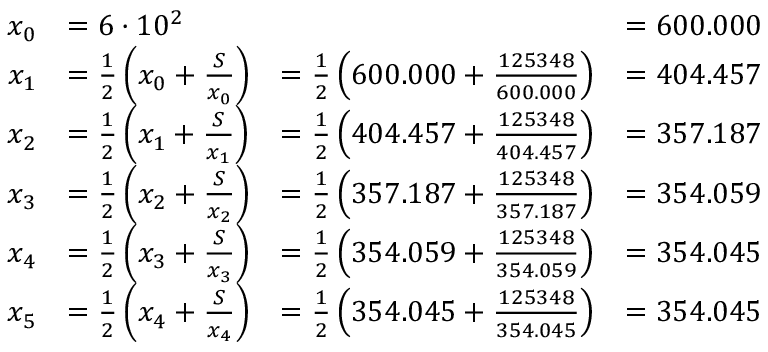
\begin{array} { r } { { \begin{array} { r l l l } { x _ { 0 } } & { = 6 \cdot 1 0 ^ { 2 } } & { } & { = 6 0 0 . 0 0 0 } \\ { x _ { 1 } } & { = { \frac { 1 } { 2 } } \left( x _ { 0 } + { \frac { S } { x _ { 0 } } } \right) } & { = { \frac { 1 } { 2 } } \left( 6 0 0 . 0 0 0 + { \frac { 1 2 5 3 4 8 } { 6 0 0 . 0 0 0 } } \right) } & { = 4 0 4 . 4 5 7 } \\ { x _ { 2 } } & { = { \frac { 1 } { 2 } } \left( x _ { 1 } + { \frac { S } { x _ { 1 } } } \right) } & { = { \frac { 1 } { 2 } } \left( 4 0 4 . 4 5 7 + { \frac { 1 2 5 3 4 8 } { 4 0 4 . 4 5 7 } } \right) } & { = 3 5 7 . 1 8 7 } \\ { x _ { 3 } } & { = { \frac { 1 } { 2 } } \left( x _ { 2 } + { \frac { S } { x _ { 2 } } } \right) } & { = { \frac { 1 } { 2 } } \left( 3 5 7 . 1 8 7 + { \frac { 1 2 5 3 4 8 } { 3 5 7 . 1 8 7 } } \right) } & { = 3 5 4 . 0 5 9 } \\ { x _ { 4 } } & { = { \frac { 1 } { 2 } } \left( x _ { 3 } + { \frac { S } { x _ { 3 } } } \right) } & { = { \frac { 1 } { 2 } } \left( 3 5 4 . 0 5 9 + { \frac { 1 2 5 3 4 8 } { 3 5 4 . 0 5 9 } } \right) } & { = 3 5 4 . 0 4 5 } \\ { x _ { 5 } } & { = { \frac { 1 } { 2 } } \left( x _ { 4 } + { \frac { S } { x _ { 4 } } } \right) } & { = { \frac { 1 } { 2 } } \left( 3 5 4 . 0 4 5 + { \frac { 1 2 5 3 4 8 } { 3 5 4 . 0 4 5 } } \right) } & { = 3 5 4 . 0 4 5 } \end{array} } } \end{array}